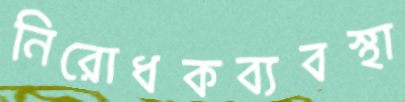
নিরোধকব্যবস্থা